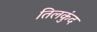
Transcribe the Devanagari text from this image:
तिलकुंद